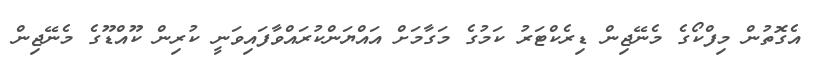
އެގޮތުން މިފްކޯގެ މެނޭޖިން ޑިރެކްޓަރު ކަމުގެ މަގާމަށް އައްޔަންކުރައްވާފައިވަނީ ކުރިން ކޫއްޑޫގެ މެނޭޖިން